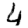
Digit: 4